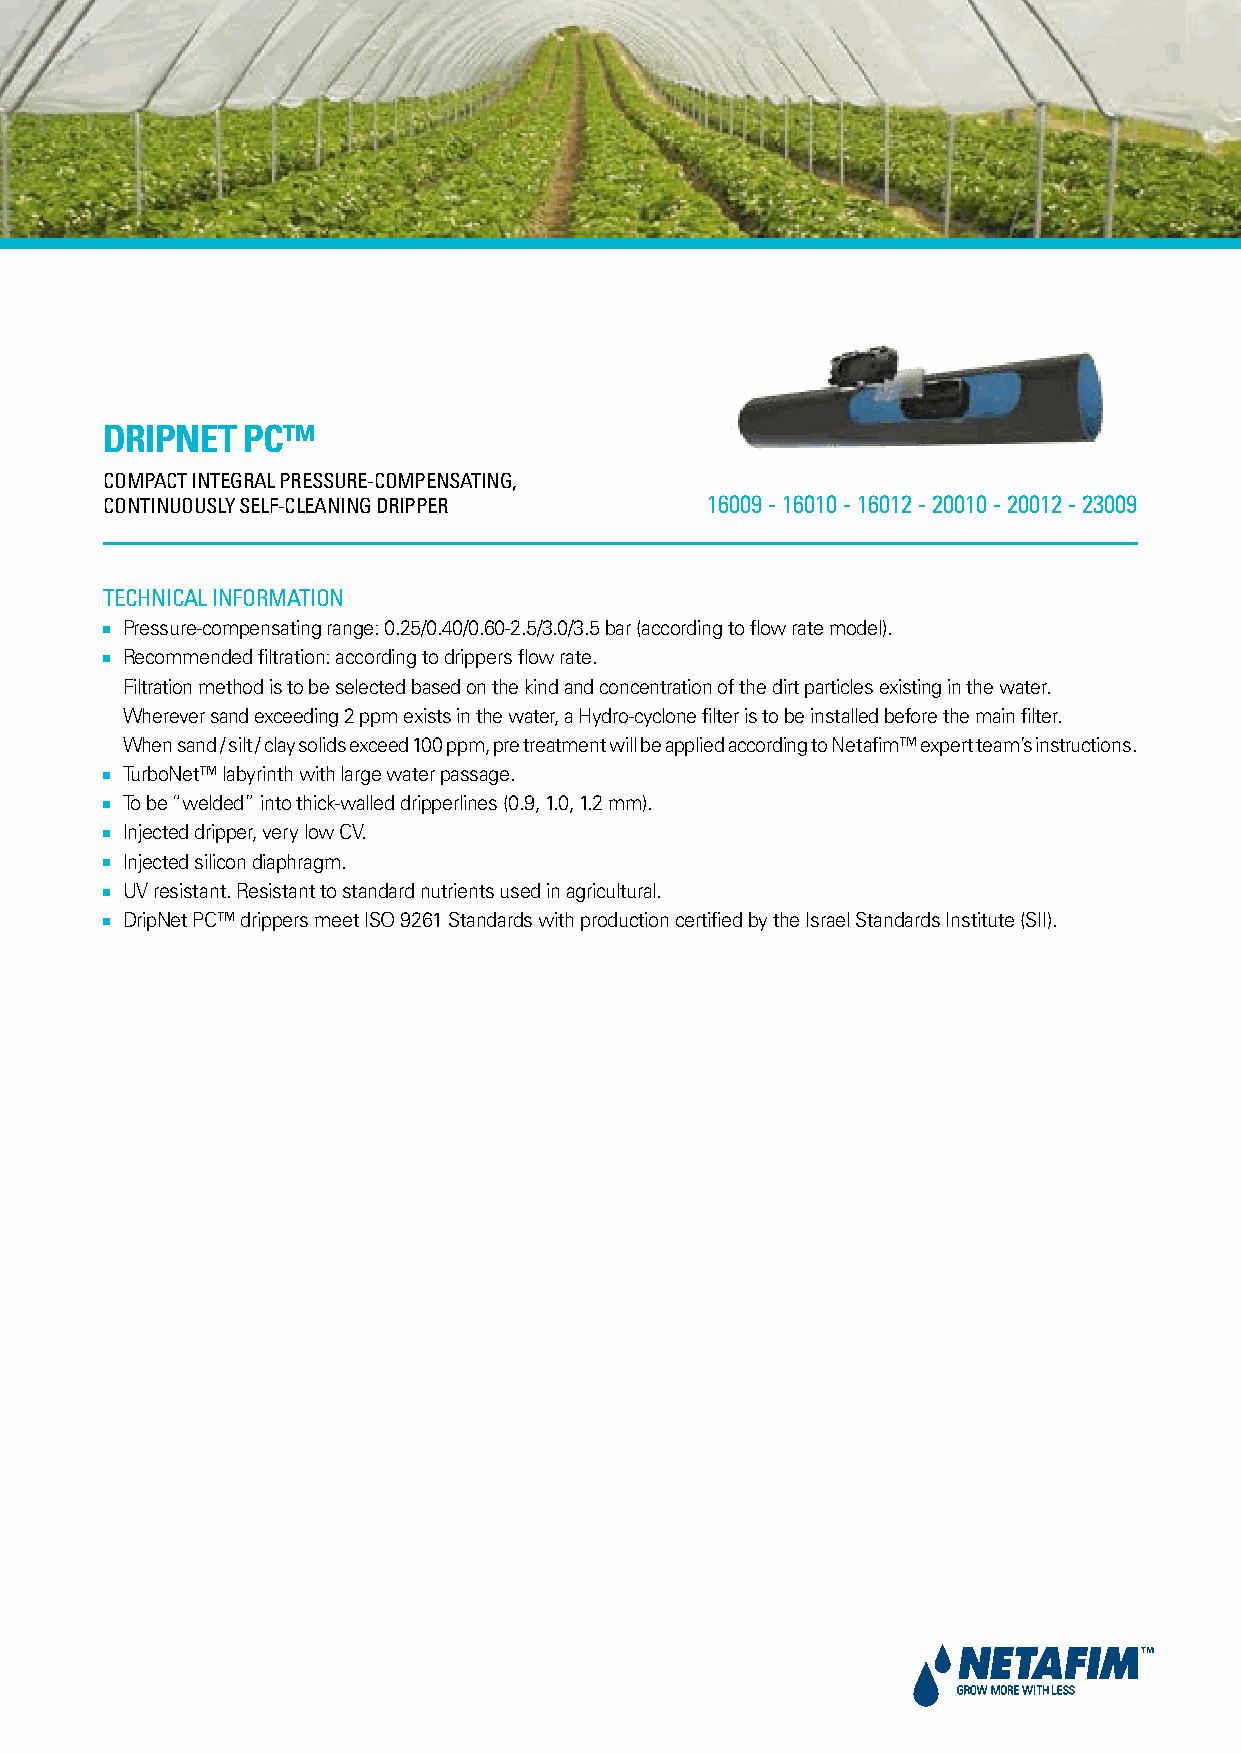
DripNet  pC™
 CompaCt Integral pressure-CompensatIng,
 ContInuously self-CleanIng drIpper      16009 - 16010 - 16012 - 20010 - 20012 - 23009
 teChnICal InformatIon
 ■■ Pressure-compensating range: 0.25/0.40/0.60-2.5/3.0/3.5 bar (according to flow rate model).
 ■■ Recommended filtration: according to drippers flow rate.
 Filtration method is to be selected based on the kind and concentration of the dirt particles existing in the water.
 Wherever sand exceeding 2 ppm exists in the water, a Hydro-cyclone filter is to be installed before the main filter.
 When sand / silt / clay solids exceed 100 ppm, pre treatment will be applied according to Netafim™ expert team’s instructions.
 ■■ TurboNet™ labyrinth with large water passage.
 ■■ To be “welded” into thick-walled dripperlines (0.9, 1.0, 1.2 mm).
 ■■ Injected dripper, very low CV.
 ■■ Injected silicon diaphragm.
 ■■ UV resistant. Resistant to standard nutrients used in agricultural.
 ■■ DripNet PC™ drippers meet ISO 9261 Standards with production certified by the Israel Standards Institute (SII).